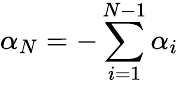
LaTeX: \alpha_{N}=-\sum_{i=1}^{N-1}\alpha_{i}